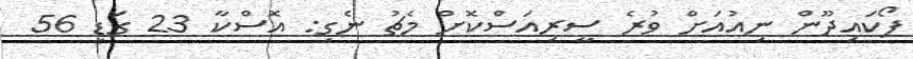
ފޯކައިދޫން ނިއުއަށް ވުރެ ސީރިއަސްކޮށް މެޗު ނެގި: އޮސްކާ 23 ގަޑި 56